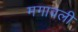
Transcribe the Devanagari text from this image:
मगावली